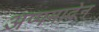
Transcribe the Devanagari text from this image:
अप्पमादेन